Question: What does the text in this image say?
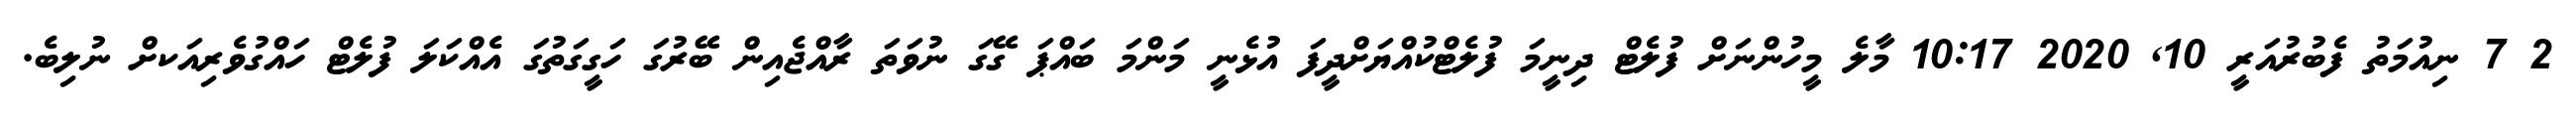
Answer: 2 7 ނިއުމަތު ފެބުރުއަރީ 10, 2020 10:17 މާލެ މީހުންނަށް ފުލެޓް ދިނީމަ ފުލެޓްކުއްޔަށްދީފަ އުޅެނީ މަންމަ ބައްޕަ ގޭގަ ނުވަތަ ރާއްޖެއިން ބޭރުގަ ހަގީގަތުގަ އެއްކަލަ ފުލެޓް ހައްގުވެރިއަކށް ނުލިބެ.